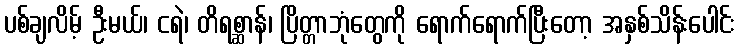
ပစ်ချလိမ့် ဦးမယ်၊ ငရဲ၊ တိရစ္ဆာန်၊ ပြိတ္တာဘုံတွေကို ရောက်ရောက်ပြီးတော့ အနှစ်သိန်းပေါင်း